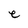
Character: e